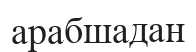
арабшадан